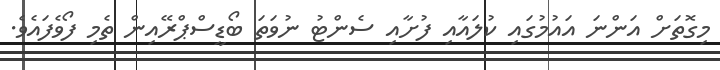
މިގޮތަށް އަންނަ އައުމުގައި ކުލައާއި ފުށާއި ސެންޓު ނުވަތަ ބޯޑީސްޕްރޭއިން ތެމި ފޯވެފައެވެ.